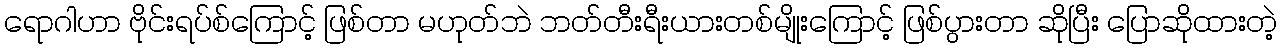
ရောဂါဟာ ဗိုင်းရပ်စ်ကြောင့် ဖြစ်တာ မဟုတ်ဘဲ ဘတ်တီးရီးယားတစ်မျိုးကြောင့် ဖြစ်ပွားတာ ဆိုပြီး ပြောဆိုထားတဲ့